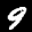
Label: 9